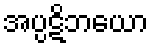
အပ္ပဋိဘယော